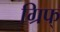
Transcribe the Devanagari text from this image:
ग्रिफ्